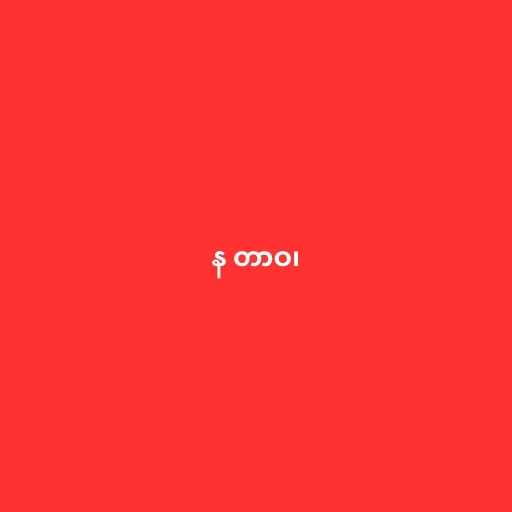
န တာဝ၊